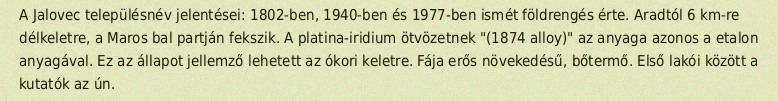
A Jalovec településnév jelentései: 1802-ben, 1940-ben és 1977-ben ismét földrengés érte. Aradtól 6 km-re délkeletre, a Maros bal partján fekszik. A platina-iridium ötvözetnek "(1874 alloy)" az anyaga azonos a etalon anyagával. Ez az állapot jellemző lehetett az ókori keletre. Fája erős növekedésű, bőtermő. Első lakói között a kutatók az ún.